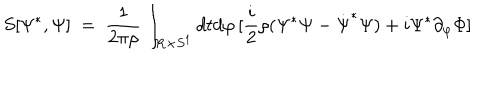
S [ \Psi ^ { * } , \Psi ] \ = \ { \frac { 1 } { 2 \pi \rho } } \int _ { { \bf R } \times S ^ { 1 } } d t d \varphi \, [ { \frac { i } { 2 } } \rho ( \Psi ^ { * } { \dot { \Psi } } - { \dot { \Psi } } ^ { * } \Psi ) + i \Psi ^ { * } \partial _ { \varphi } \Phi ]